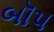
બૉપ